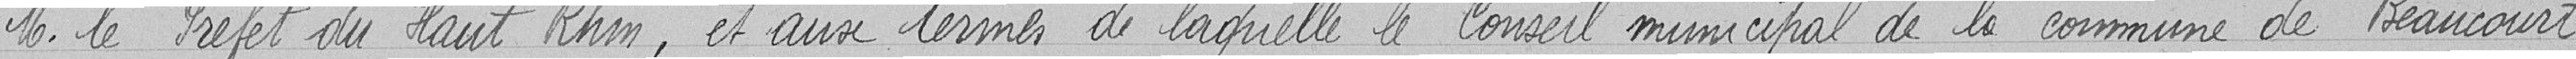
Monsieur le Préfet du Haut-Rhin, et aux termes de laquelle le Conseil Municipal de la commune de Beaucourt